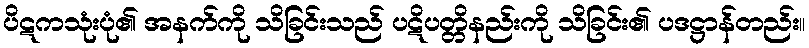
ပိဋကသုံးပုံ၏ အနက်ကို သိခြင်းသည် ပဋိပတ္တိနည်းကို သိခြင်း၏ ပဒဋ္ဌာန်တည်း။